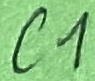
Text: C1